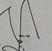
Signature authenticity: genuine